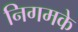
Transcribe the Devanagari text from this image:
निगमके